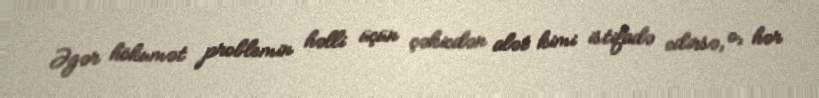
Əgər hökumət problemin həlli üçün çəkicdən alət kimi istifadə edirsə, o, hər